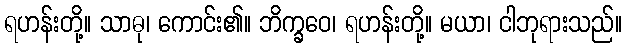
ရဟန်းတို့။ သာဓု၊ ကောင်း၏။ ဘိက္ခဝေ၊ ရဟန်းတို့။ မယာ၊ ငါဘုရားသည်။